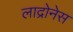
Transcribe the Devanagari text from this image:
लाद्रोनेस